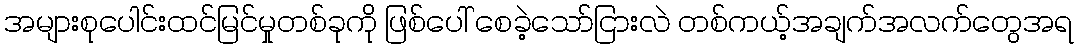
အများစုပေါင်းထင်မြင်မှုတစ်ခုကို ဖြစ်ပေါ် စေခဲ့သော်ငြားလဲ တစ်ကယ့်အချက်အလက်တွေအရ